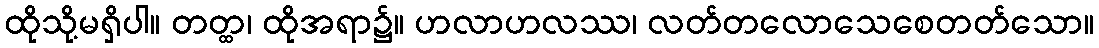
ထိုသို့မရှိပါ။ တတ္ထ၊ ထိုအရာ၌။ ဟလာဟလဿ၊ လတ်တလောသေစေတတ်သော။